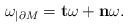
\begin{align*}\omega_{| \partial M} = \mathbf{t}\omega + \mathbf{n}\omega . \end{align*}